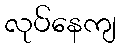
လုပ်နေကျ